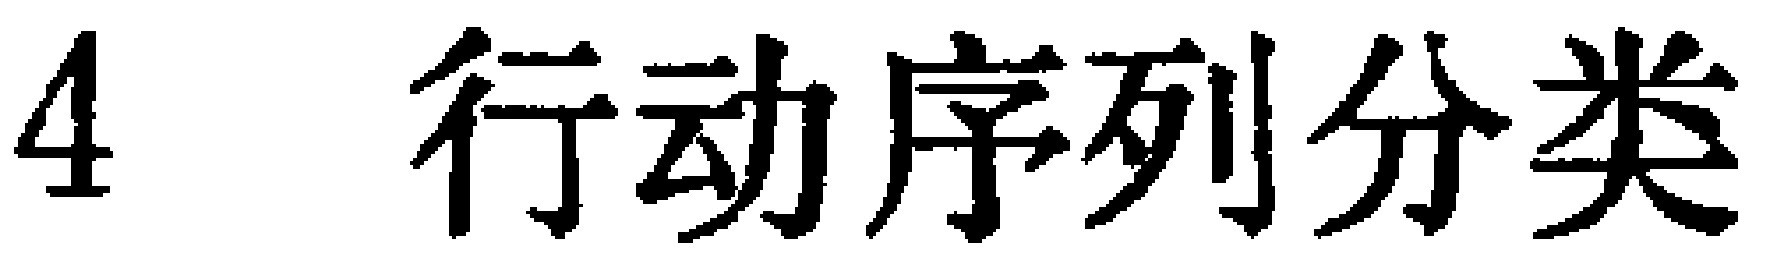
4 行动序列分类